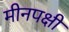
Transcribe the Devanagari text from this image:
मीनपक्षी